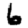
Digit: 6